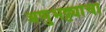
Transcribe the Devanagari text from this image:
अणुभट्ट्यांचा